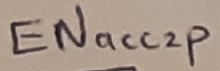
Text: ENacc2p